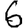
Digit: 6